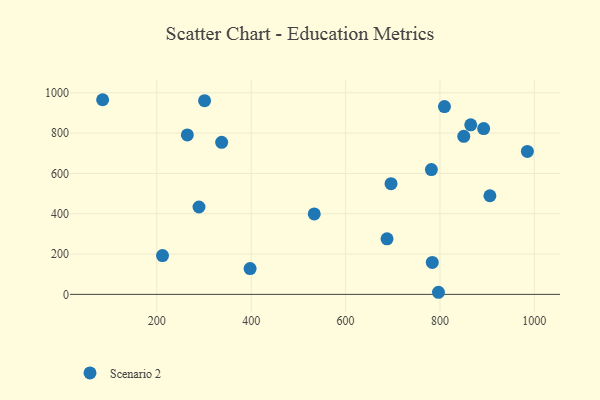
{"axis": {"x": "Investment", "y": "Sales"}, "legend": ["Scenario 2"], "data": [{"x": "985.2", "y": 709.0, "type": "Scenario 2"}, {"x": "892.6", "y": 822.5, "type": "Scenario 2"}, {"x": "850.4", "y": 784.3, "type": "Scenario 2"}, {"x": "865.2", "y": 841.3, "type": "Scenario 2"}, {"x": "289.4", "y": 433.6, "type": "Scenario 2"}, {"x": "212.1", "y": 192.8, "type": "Scenario 2"}, {"x": "781.8", "y": 619.3, "type": "Scenario 2"}, {"x": "85.2", "y": 965.7, "type": "Scenario 2"}, {"x": "809.5", "y": 931.5, "type": "Scenario 2"}, {"x": "264.7", "y": 791.2, "type": "Scenario 2"}, {"x": "696.3", "y": 549.4, "type": "Scenario 2"}, {"x": "783.7", "y": 158.7, "type": "Scenario 2"}, {"x": "796.8", "y": 10.5, "type": "Scenario 2"}, {"x": "397.7", "y": 128.2, "type": "Scenario 2"}, {"x": "533.6", "y": 399.4, "type": "Scenario 2"}, {"x": "337.4", "y": 754.5, "type": "Scenario 2"}, {"x": "905.8", "y": 489.3, "type": "Scenario 2"}, {"x": "687.8", "y": 275.9, "type": "Scenario 2"}, {"x": "301.2", "y": 961.2, "type": "Scenario 2"}]}